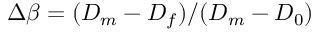
\Delta \beta = ( D _ { m } - D _ { f } ) / ( D _ { m } - D _ { 0 } )